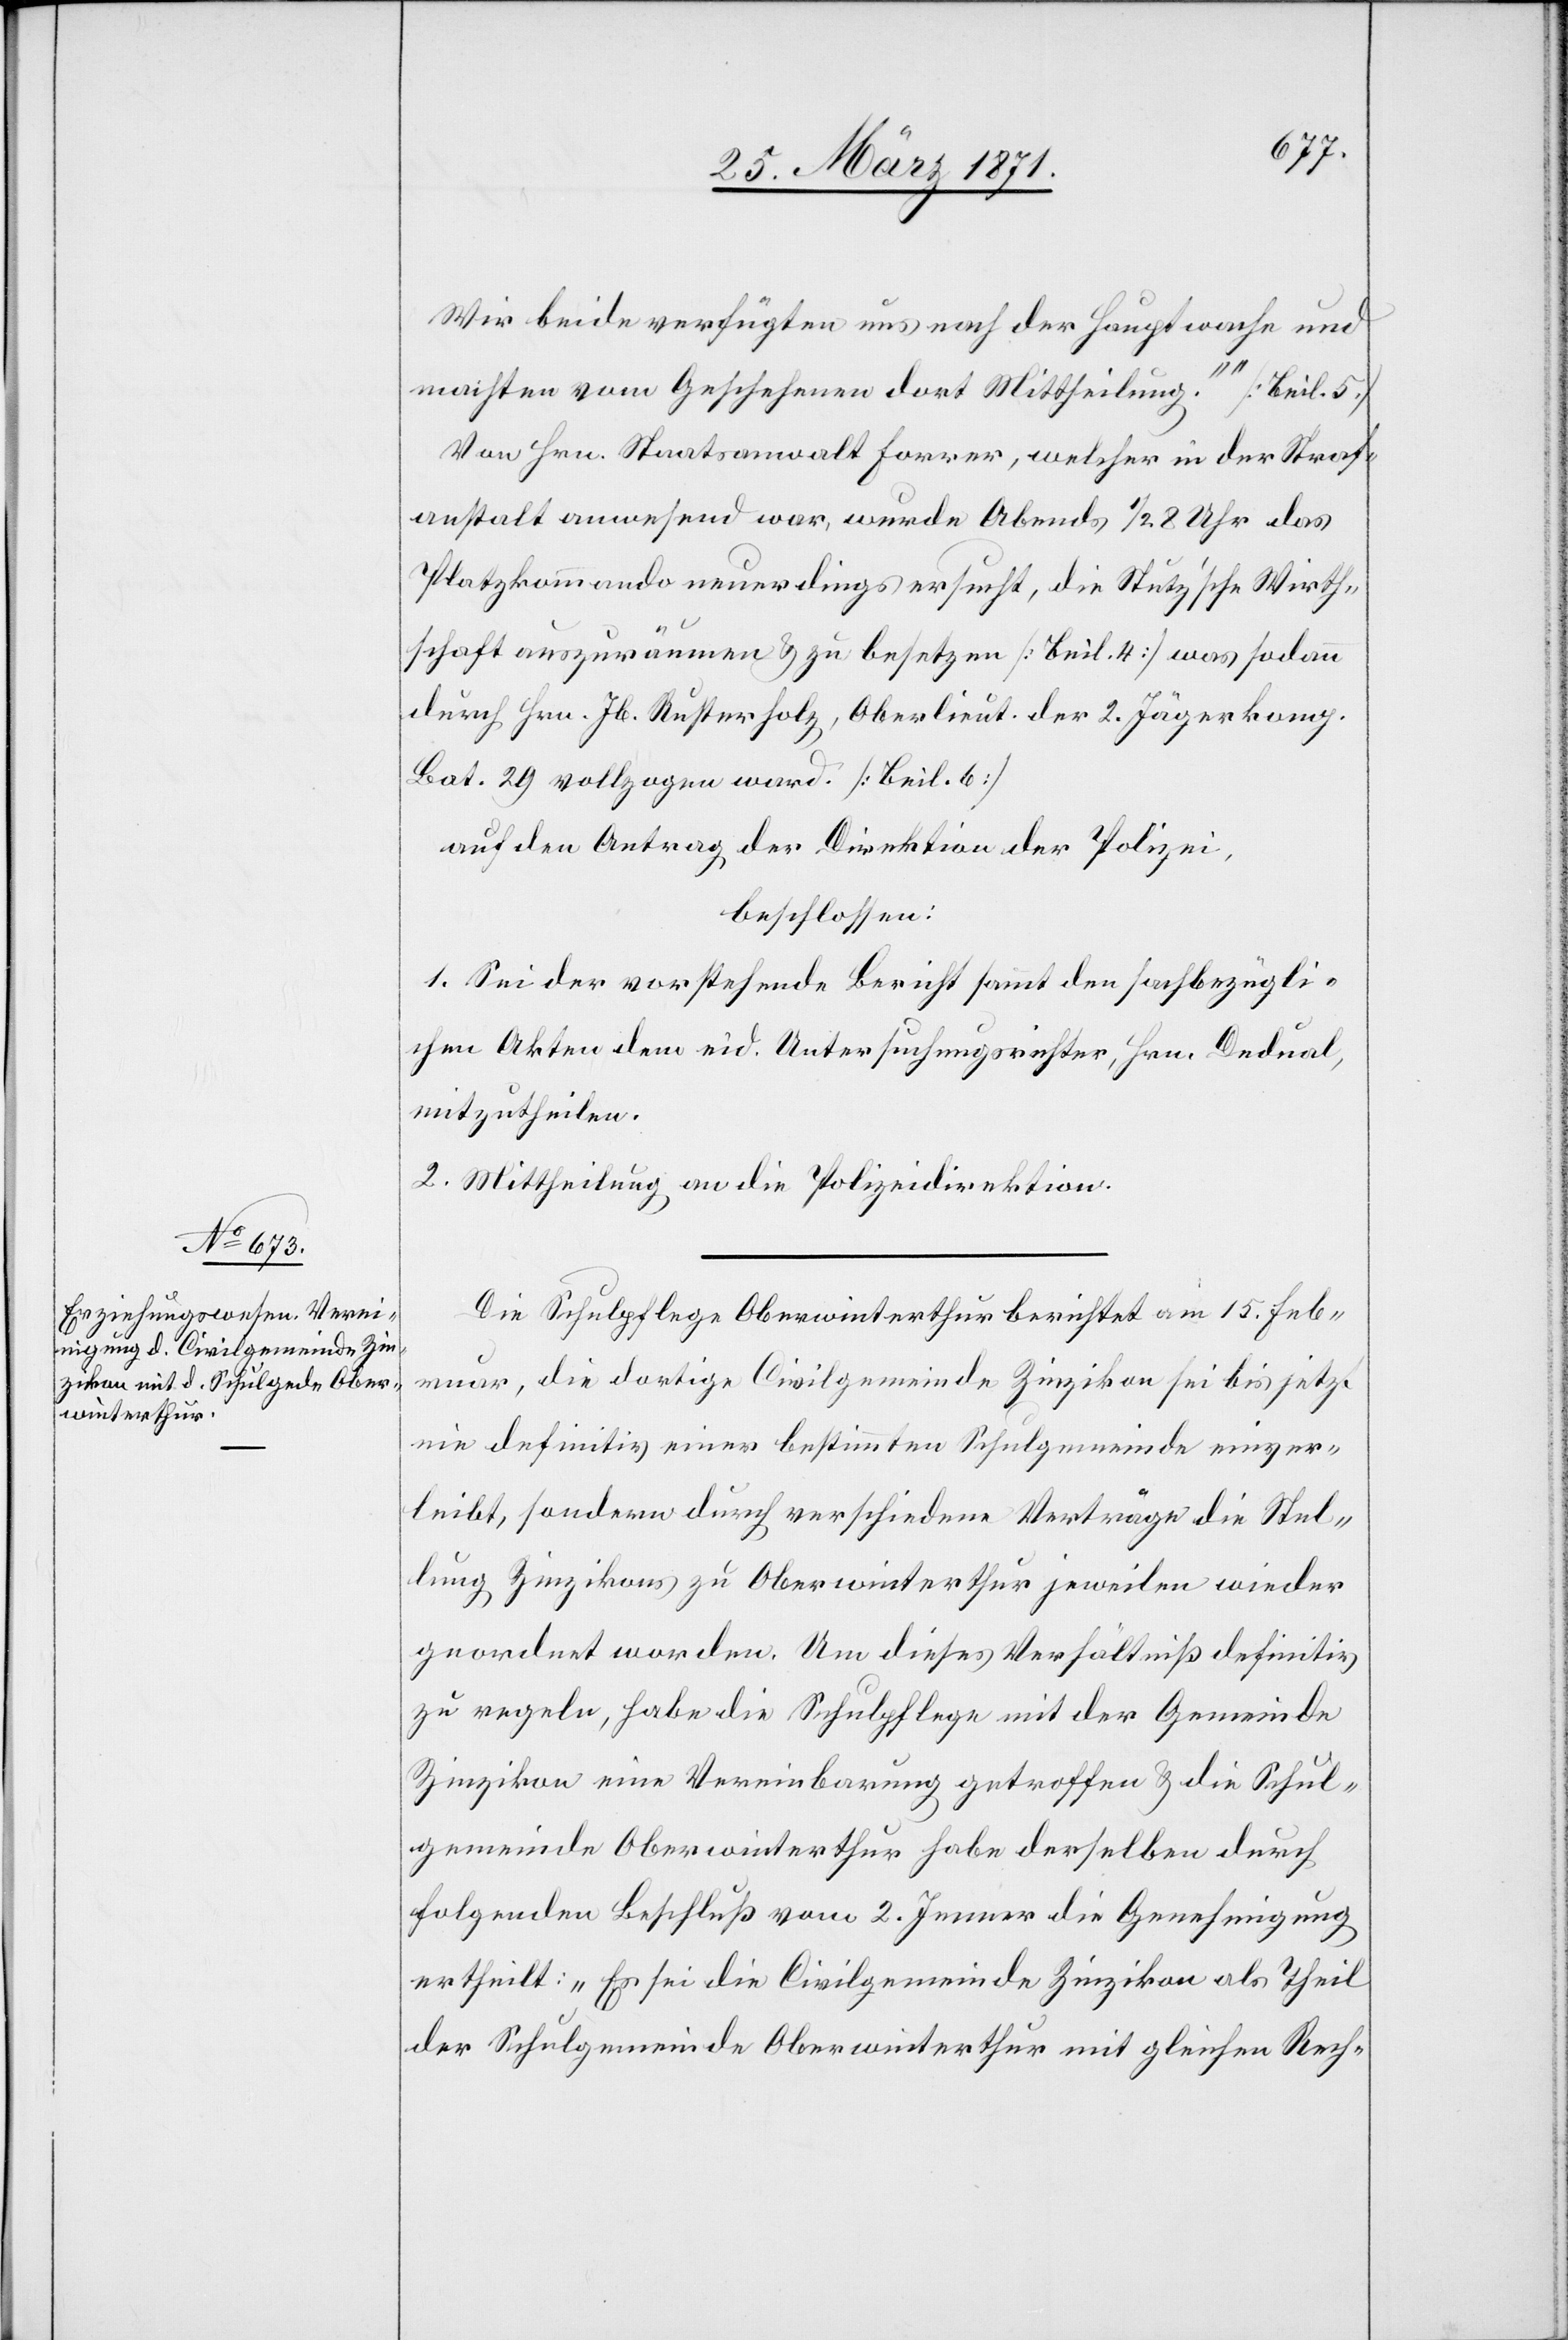
Wir beide verfügten uns nach der Hauptwache und
machten vom Geschehenen dort Mittheilung.“ [Beil. 5.]
Von Hrn. Staatsanwalt Forrer, welcher in der Straf¬
anstalt anwesend war, wurde Abends 1/2 8 Uhr das
Platzkommando neuerdings ersucht, die Stutz’sche Wirth¬
schaft auszuräumen u. zu besetzen [Beil. 4] was sodann
durch Hrn. Jb. Rusterholz, Oberlieut. der 2. Jägerkomp.
Bat. 29 vollzogen ward. [Beil. 6]
auf den Antrag der Direktion der Polizei,
beschlossen:
1. Sei der vorstehende Bericht sammt den sachbezügli¬
chen Akten dem eid. Untersuchungsrichter, Hrn. Dedual,
mitzutheilen.
2. Mittheilung an die Polizeidirektion.
Die Schulpflege Oberwinterthur berichtet am 15. Feb¬
ruar, die dortige Civilgemeinde Zinzikon sei bis jetzt
nie definitiv einer bestimmten Schulgemeinde einver¬
leibt, sondern durch verschiedene Verträge die Stel¬
lung Zinzikons zu Oberwinterthur jeweilen wieder
geordnet worden. Um dieses Verhältniß definitiv
zu regeln, habe die Schulpflege mit der Gemeinde
Zinzikon eine Vereinbarung getroffen u. die Schul¬
gemeinde Oberwinterthur habe derselben durch
folgenden Beschluß vom 2. Jenner die Genehmigung
ertheilt: „Es sei die Civilgemeinde Zinzikon als Theil
der Schulgemeinde Oberwinterthur mit gleichen Rech-